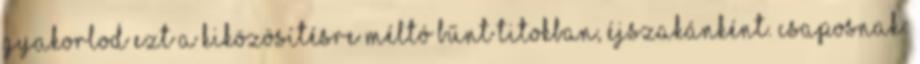
gyakorlod ezt a kiközösítésre méltó bűnt titokban, éjszakánként. csaposnak: